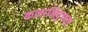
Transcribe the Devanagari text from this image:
कलानिपुणता